65_HS1-834228961_62-HQ-83894_Section_9
Agency: FBI
Page 46
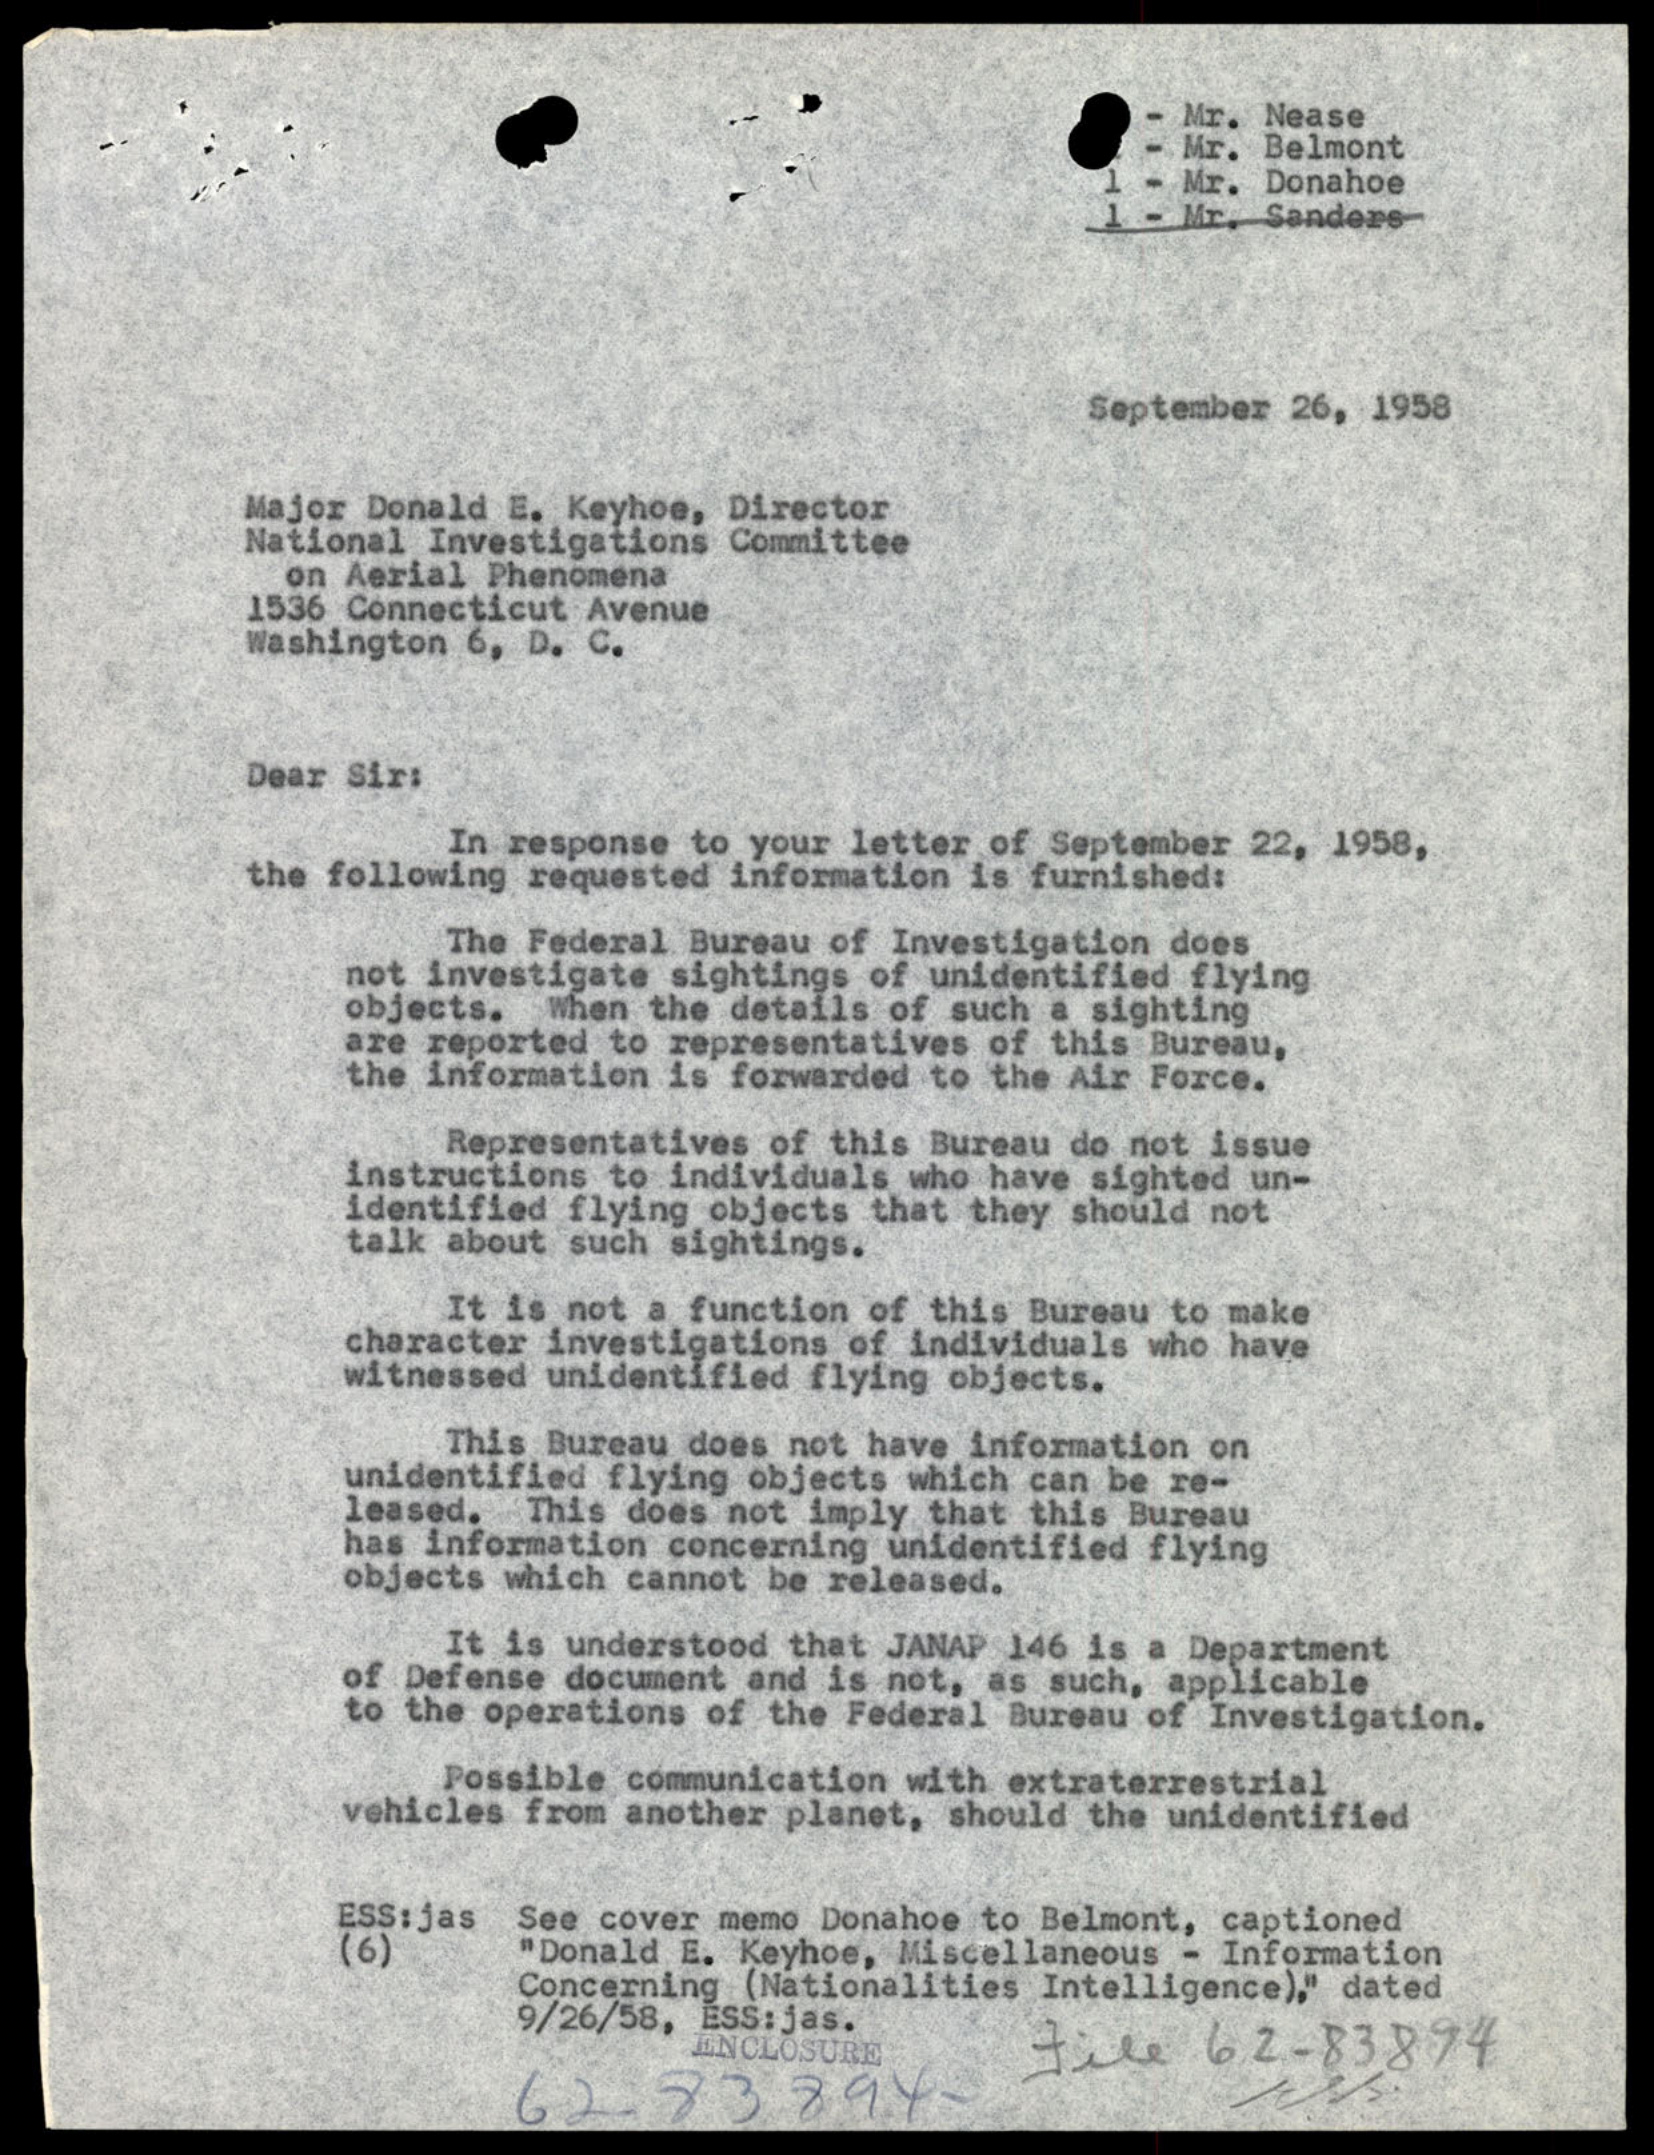